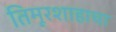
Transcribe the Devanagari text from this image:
तिमूरशाहाचा